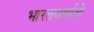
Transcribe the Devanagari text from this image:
भारतवर्षाचे